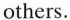
others.